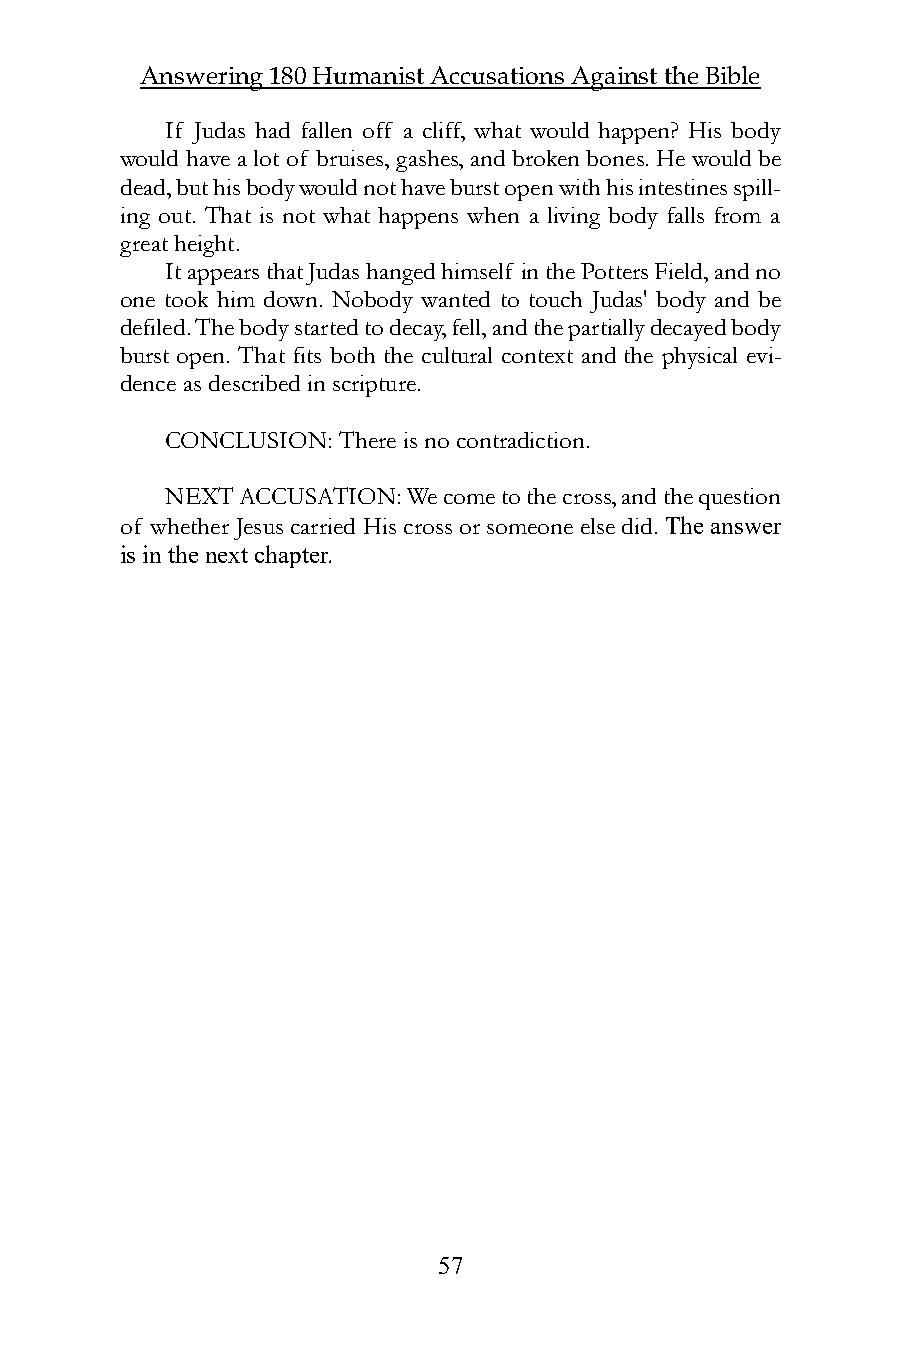
Answering 180 Humanist Accusations Against the Bible
 If Judas had fallen off a cliff, what would happen? His body
 would have a lot of bruises, gashes, and broken bones. He would be
 dead, but his body would not have burst open with his intestines spill-
 ing out. That is not what happens when a living body falls from a
 great height.
 It appears that Judas hanged himself in the Potters Field, and no
 one took him down. Nobody wanted to touch Judas' body and be
 defiled. The body started to decay, fell, and the partially decayed body
 burst open. That fits both the cultural context and the physical evi-
 dence as described in scripture.
 CONCLUSION: There is no contradiction.
 NEXT ACCUSATION: We come to the cross, and the question
 of whether Jesus carried His cross or someone else did. The answer
 is in the next chapter.
 57